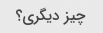
چیز دیگری؟